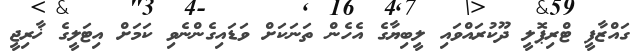
ގައްޒާފީ ޓްރިޕޮލީ ދޫކުރައްވައި ލީބިޔާގެ އެހެން ތަނަކަށް ވަޑައިގެންނެވި ކަމަށް އިޓަލީގެ ޚާރިޖީ